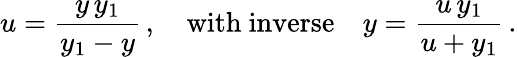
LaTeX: u=\frac{y\, y_{1}}{y_{1}-y}\, ,\quad\mathrm{with~inverse}\quad y=\frac{u\, y_{1}}{u+y_{1}}\, .